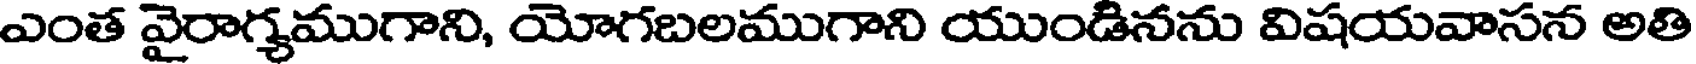
ఎంత వైరాగ్యముగాని, యోగబలముగాని యుండినను విషయవాసన అతి